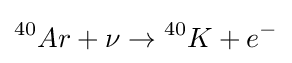
{}^{40}Ar+\nu \rightarrow {}^{40}K+e^{-}